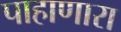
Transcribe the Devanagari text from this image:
पाहाणारा